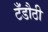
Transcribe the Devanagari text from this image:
टँडौठी